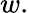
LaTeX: w.